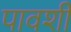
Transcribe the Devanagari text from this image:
पावशी